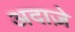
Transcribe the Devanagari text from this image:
अदाज़े